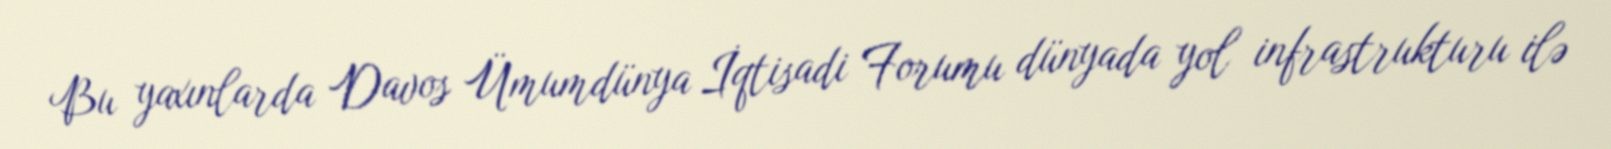
Bu yaxınlarda Davos Ümumdünya İqtisadi Forumu dünyada yol infrastrukturu ilə